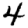
Digit: 4